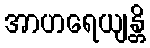
အာဟရေယျန္တိ